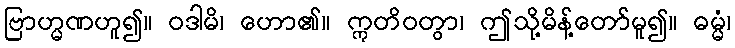
ဗြာဟ္မဏဟူ၍။ ဝဒါမိ၊ ဟော၏။ ဣတိဝတွာ၊ ဤသို့မိန့်တော်မူ၍။ ဓမ္မံ၊